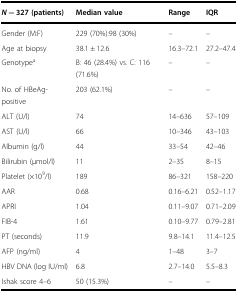
<table><thead><tr><td><b><i>N</i> = 327 (patients)</b></td><td><b>Median value</b></td><td><b>Range</b></td><td><b>IQR</b></td></tr></thead><tbody><tr><td>Gender (M:F)</td><td>229 (70%):98 (30%)</td><td>–</td><td>–</td></tr><tr><td>Age at biopsy</td><td>38.1 ± 12.6</td><td>16.3–72.1</td><td>27.2–47.4</td></tr><tr><td>Genotype<sup>a</sup></td><td>B: 46 (28.4%) vs. C: 116 (71.6%)</td><td>–</td><td>–</td></tr><tr><td>No. of HBeAg-positive</td><td>203 (62.1%)</td><td>–</td><td>–</td></tr><tr><td>ALT (U/l)</td><td>74</td><td>14–636</td><td>57–109</td></tr><tr><td>AST (U/l)</td><td>66</td><td>10–346</td><td>43–103</td></tr><tr><td>Albumin (g/l)</td><td>44</td><td>33–54</td><td>42–46</td></tr><tr><td>Bilirubin (μmol/l)</td><td>11</td><td>2–35</td><td>8–15</td></tr><tr><td>Platelet (×10<sup>9</sup>/l)</td><td>189</td><td>86–321</td><td>158–220</td></tr><tr><td>AAR</td><td>0.68</td><td>0.16–6.21</td><td>0.52–1.17</td></tr><tr><td>APRI</td><td>1.04</td><td>0.11–9.07</td><td>0.71–2.09</td></tr><tr><td>FIB-4</td><td>1.61</td><td>0.10–9.77</td><td>0.79–2.81</td></tr><tr><td>PT (seconds)</td><td>11.9</td><td>9.8–14.1</td><td>11.4–12.5</td></tr><tr><td>AFP (ng/ml)</td><td>4</td><td>1–48</td><td>3–7</td></tr><tr><td>HBV DNA (log IU/ml)</td><td>6.8</td><td>2.7–14.0</td><td>5.5–8.3</td></tr><tr><td>Ishak score 4–6</td><td>50 (15.3%)</td><td>–</td><td>–</td></tr></tbody></table>